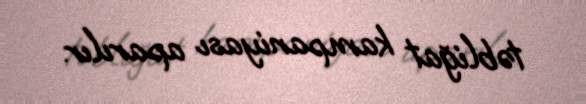
təbliğat kampaniyası aparılır.